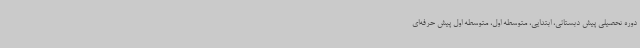
دوره تحصیلی پیش دبستانی، ابتدایی، متوسطه اول، متوسطه اول پیش حرفه‌ای